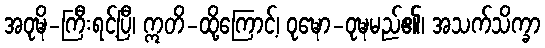
အဝုဍ္ဎိ-ကြီးရင့်ပြီ၊ ဣတိ-ထို့ကြောင့်၊ ဝုဍ္ဎော-ဝုဍ္ဎမည်၏၊ အသက်သိက္ခာ